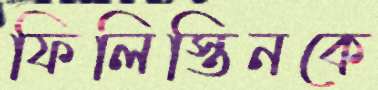
ফিলিস্তিনকে